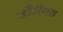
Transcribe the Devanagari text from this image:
खैरीगढ़